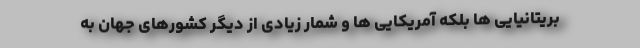
بریتانیایی ها بلکه آمریکایی ها و شمار زیادی از دیگر کشورهای جهان به